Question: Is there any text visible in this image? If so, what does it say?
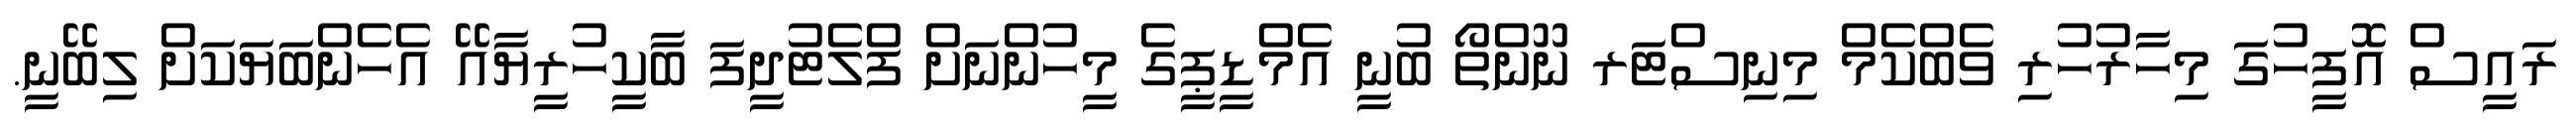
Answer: ރައީސް އޮފީހުގަ މިހާރުހުރި ވެބްކެމް މިނިސްޓަރ ނޫންތޯ ބުނީ އެމްޑީޕީގެ މީހުންނަށް ފްލެޓުދީފަ ބާކީހުރީޔާއޭ އެހެންބަޔަކަށް ލިބޭނީ.